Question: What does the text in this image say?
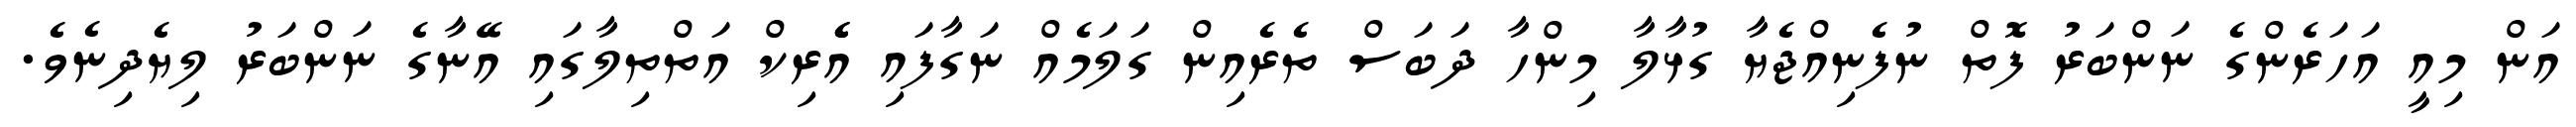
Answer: އަން މިއީ އަހަރެންގެ ނަންބަރު ފޮތް ނުފެނިއްޖެޔާ ގުޅާލާ މިންހާ ދަބަސް ތެރެއިން ގަލަމެއް ނަގާފައި އެެރިކް އަތްތިލާގައި އޭނާގެ ނަންބަރު ލިޔެދިނެވެ.